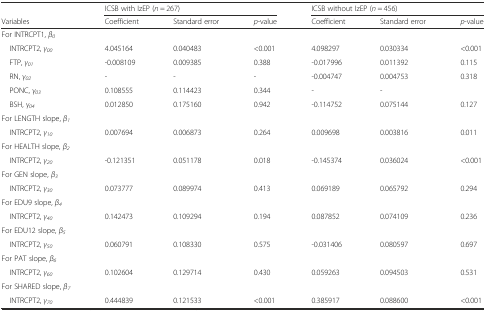
<table><thead><tr><td></td><td colspan="3"><b>ICSB with IzEP (<i>n</i> = 267)</b></td><td colspan="3"><b>ICSB without IzEP (<i>n</i> = 456)</b></td></tr><tr><td><b>Variables</b></td><td><b>Coefficient</b></td><td><b>Standard error</b></td><td><b><i>p</i>-value</b></td><td><b>Coefficient</b></td><td><b>Standard error</b></td><td><b><i>p</i>-value</b></td></tr></thead><tbody><tr><td>For INTRCPT1, <i>β</i><sub><i>0</i></sub></td><td></td><td></td><td></td><td></td><td></td><td></td></tr><tr><td> INTRCPT2, <i>γ</i><sub><i>00</i></sub></td><td>4.045164</td><td>0.040483</td><td>&lt;0.001</td><td>4.098297</td><td>0.030334</td><td>&lt;0.001</td></tr><tr><td> FTP, <i>γ</i><sub><i>01</i></sub></td><td>-0.008109</td><td>0.009385</td><td>0.388</td><td>-0.017996</td><td>0.011392</td><td>0.115</td></tr><tr><td> RN, <i>γ</i><sub><i>02</i></sub></td><td>-</td><td>-</td><td>-</td><td>-0.004747</td><td>0.004753</td><td>0.318</td></tr><tr><td> PONC, <i>γ</i><sub><i>03</i></sub></td><td>0.108555</td><td>0.114423</td><td>0.344</td><td>-</td><td>-</td><td></td></tr><tr><td> BSH, <i>γ</i><sub><i>04</i></sub></td><td>0.012850</td><td>0.175160</td><td>0.942</td><td>-0.114752</td><td>0.075144</td><td>0.127</td></tr><tr><td>For LENGTH slope, <i>β</i><sub><i>1</i></sub></td><td></td><td></td><td></td><td></td><td></td><td></td></tr><tr><td> INTRCPT2, <i>γ</i><sub><i>10</i></sub></td><td>0.007694</td><td>0.006873</td><td>0.264</td><td>0.009698</td><td>0.003816</td><td>0.011</td></tr><tr><td>For HEALTH slope, <i>β</i><sub><i>2</i></sub></td><td></td><td></td><td></td><td></td><td></td><td></td></tr><tr><td> INTRCPT2, <i>γ</i><sub><i>20</i></sub></td><td>-0.121351</td><td>0.051178</td><td>0.018</td><td>-0.145374</td><td>0.036024</td><td>&lt;0.001</td></tr><tr><td>For GEN slope, <i>β</i><sub><i>3</i></sub></td><td></td><td></td><td></td><td></td><td></td><td></td></tr><tr><td> INTRCPT2, <i>γ</i><sub><i>30</i></sub></td><td>0.073777</td><td>0.089974</td><td>0.413</td><td>0.069189</td><td>0.065792</td><td>0.294</td></tr><tr><td>For EDU9 slope, <i>β</i><sub><i>4</i></sub></td><td></td><td></td><td></td><td></td><td></td><td></td></tr><tr><td> INTRCPT2, <i>γ</i><sub><i>40</i></sub></td><td>0.142473</td><td>0.109294</td><td>0.194</td><td>0.087852</td><td>0.074109</td><td>0.236</td></tr><tr><td>For EDU12 slope, <i>β</i><sub><i>5</i></sub></td><td></td><td></td><td></td><td></td><td></td><td></td></tr><tr><td> INTRCPT2, <i>γ</i><sub><i>50</i></sub></td><td>0.060791</td><td>0.108330</td><td>0.575</td><td>-0.031406</td><td>0.080597</td><td>0.697</td></tr><tr><td>For PAT slope, <i>β</i><sub><i>6</i></sub></td><td></td><td></td><td></td><td></td><td></td><td></td></tr><tr><td> INTRCPT2, <i>γ</i><sub><i>60</i></sub></td><td>0.102604</td><td>0.129714</td><td>0.430</td><td>0.059263</td><td>0.094503</td><td>0.531</td></tr><tr><td>For SHARED slope, <i>β</i><sub><i>7</i></sub></td><td></td><td></td><td></td><td></td><td></td><td></td></tr><tr><td> INTRCPT2, <i>γ</i><sub><i>70</i></sub></td><td>0.444839</td><td>0.121533</td><td>&lt;0.001</td><td>0.385917</td><td>0.088600</td><td>&lt;0.001</td></tr></tbody></table>